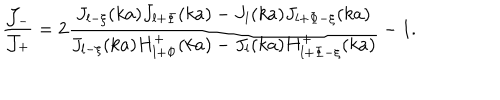
\displaystyle \frac { { \cal J } _ { - } } { { \cal J } _ { + } } = 2 \displaystyle \frac { J _ { l - \xi } ( k a ) J _ { l + \Phi } ( k a ) - J _ { l } ( k a ) J _ { l + \Phi - \xi } ( k a ) } { J _ { l - \xi } ( k a ) H _ { l + \Phi } ^ { + } ( k a ) - J _ { l } ( k a ) H _ { l + \Phi - \xi } ^ { + } ( k a ) } - 1 .